King Institute of Preventive Medicine Micro-Biological Section reports 1909-11
Year: 1909
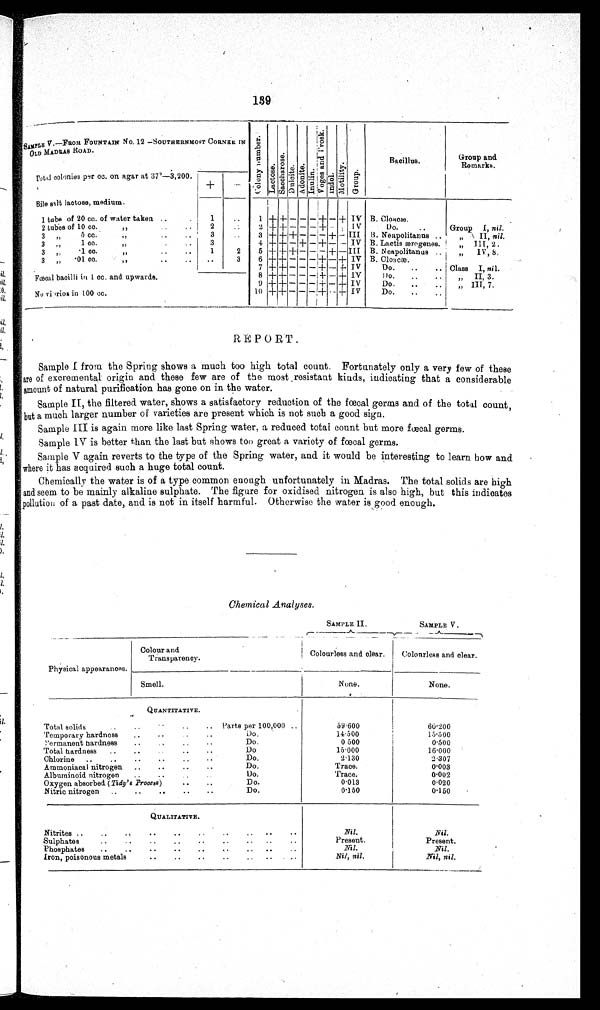
139
smaro V.—Peon FOUNTAIN O. 12 —SOUTHERNMOST
OLD MADRAS ROAD.
CORNER IN
a)
S
6
co
0
6 1.4 a)
o
i s
,CS
1;1
Bacillus.
Group and
Remarks.
rotas colonies per cc. on agar at 37'-3,200.
O
•c3
0
CS 7?3 cd
CD
• e-4
-tzs gi
LOA
P"
0
43
• r•I
.74
0
O
Bile salt lactose, medium.
1 tube of 20 cc. of water taken
2 tubes of 10 cc.
1
2
1
2
3
5 cc.
3
3
3
1 cc.
3
4
3
• 1 co.
1
2
5
3
•01 cc.
3
6
7
.il.
postal bacilli in 1 cc. and. upwards.
dl,
8
9
10,
No winoss in 100 cc.
10
+
--f-
f
IV
v
III
IV
III
IV
IV
Iv
IV
13. Cloacae.
Do.
B. Neapolitanus
B. Lactis wrogenes.
B. Neapolitanus
B. Cloacae.
Do.
..
no.
Do.
Do.
Group I, nil.
„
II, nil.
111, 2 .
IV , 8,
Class
I, nil.
„
II, 3.
,, III, 7.
REPORT.
1.
Sample I from the Spring shows a much too high total count. Fortunately only a very few of these
are of excremental origin and these few are of the most , resistant kinds, indicating that a considerable
amount of natural purification has gone on in the water.
Sample II, the filtered water, shows a satisfactory reduction of the faecal germs and of the total count,
'but a much larger number of varieties are present which is not such a good sign.
Sample III is again more like last Spring water, a reduced total count but more faecal germs.
Sample IV is better than the last but shows too great a variety of foetal germs.
Sample V again reverts to the type of the Spring water, and it would be interesting to learn how and
where it has acquired such a huge total count.
Chemically the water is of a type common enough unfortunately in Madras. The total solids are high
and seem to be mainly alkaline sulphate. The figure for oxidised nitrogen is also high, but this indicates
pollution of a past date, and is not in itself harmful. Otherwise the water is good enough.
•
1.
).
Chemical Analyses.
SAMPLE II.
SAMPLE V
Colour and
Transparency.
Colourless and clear.
Colourless and clear.
Physical appearances.
Smell.
None.
None.
QUANTITATIVE.
Total solids
..
Parts per 100,000
Temporary hardness
Do,
'ermanent hardness
Do.
Total hardness
..
Do
Chlorine
..
..
Do.
Ammoniacal nitrogen
Do.
Albuminoid nitrogen
..
..
Do.
Oxygen absorbed ( Tidy's Process)
Do.
Nitric nitrogen
..
..
..
Do.
59.600
1,1.500
0 500
15.000
2.130
Trace.
Trace.
0.013
0.150
60.200
15.500
0.500
16.000
2.307
0.003
0.002
0.020
0.150
QUALITATIVE.
Nitrites ..
Sulphates
Phosphates
Iron, poisonous metals
Present.
Nil.
Nil, nil.
Nil.
Present.
Nil.
Nil, nil.